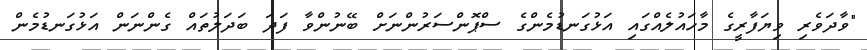
"ވާދަވެރި ވިޔަފާރީގެ މާހައުލެއްގައި އަޅުގަނޑުމެންގެ ސްޕޮންސަރުންނަށް ބޭނުންވާ ފަދަ ބަދަލުތައް ގެންނަން އަޅުގަނޑުމެން